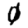
Digit: 0